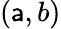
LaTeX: (\mathsf{a},b)